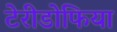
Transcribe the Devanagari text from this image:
टेरीडोफिया